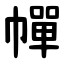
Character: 幝